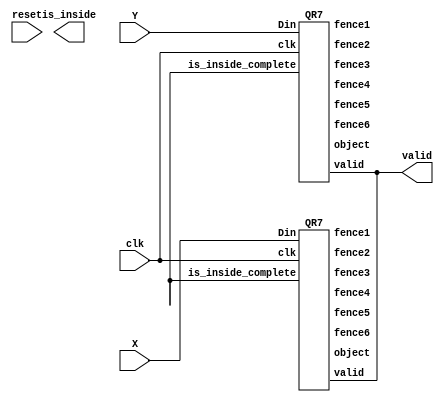
module geofence ( clk,reset,X,Y,valid,is_inside);
input clk;
input reset;
input [9:0] X;
input [9:0] Y;
output valid;
output is_inside;
wire [9:0] objectX, fence6X, fence5X, fence4X, fence3X, fence2X, fence1X, objectY, fence6Y, fence5Y, fence4Y, fence3Y, fence2Y, fence1Y;
wire is_inside_complete;
//reg valid;
//reg is_inside;
QR7 XCoord(X, clk, objectX, fence6X, fence5X, fence4X, fence3X, fence2X, fence1X, valid, is_inside_complete);
QR7 YCoord(Y, clk, objectY, fence6Y, fence5Y, fence4Y, fence3Y, fence2Y, fence1Y, valid, is_inside_complete);
endmodule

module QR7(Din, clk, object, fence6, fence5, fence4, fence3, fence2, fence1, valid, is_inside_complete);
input [9:0]Din;
input clk, is_inside_complete;
output [9:0]object, fence6, fence5, fence4, fence3, fence2, fence1;
output valid;
reg [2:0]count;
reg cs;
wire _clk, clkG, wen;

D_latch10 D10(Din, clk, wen, object);
D_latch10 D11(object, clk, wen, fence1);
D_latch10 D12(fence1, clk, wen, fence2);
D_latch10 D13(fence2, clk, wen, fence3);
D_latch10 D14(fence3, clk, wen, fence4);
D_latch10 D15(fence4, clk, wen, fence5);
D_latch10 D16(fence5, clk, wen, fence6);
//counter
assign clkG = (count == 3'd7) ? 1'b0 : 1'b1;
assign _clk = clk & (clkG | is_inside_complete); //is_inside_complete is negedge
always @(posedge _clk)
	count <= count + 3'd1;
//
always @(posedge clk)
	case(cs)
		1'b0: cs <= (count == 3'd6) ? 1'b1 : 1'b0;
		1'b1: cs <= (is_inside_complete) ? 1'b0 : 1'b1;
	endcase
assign valid = (cs == 1'b1) ? 1'b1 : 1'b0;
assign wen = (cs == 1'b1) ? 1'b0 : 1'b1;
endmodule

module D_latch10(D, clk, wen, Q);
input [9:0]D;
input clk, wen;
output [9:0]Q;
D_latch D0(D[0], clk, wen, Q[0]);
D_latch D1(D[1], clk, wen, Q[1]);
D_latch D2(D[2], clk, wen, Q[2]);
D_latch D3(D[3], clk, wen, Q[3]);
D_latch D4(D[4], clk, wen, Q[4]);
D_latch D5(D[5], clk, wen, Q[5]);
D_latch D6(D[6], clk, wen, Q[6]);
D_latch D7(D[7], clk, wen, Q[7]);
D_latch D8(D[8], clk, wen, Q[8]);
D_latch D9(D[9], clk, wen, Q[9]);
endmodule

module D_latch(D, clk, wen, Q);
input D, clk, wen;
output reg Q;
always @(posedge clk)
	Q <= (wen) ? D : Q;
endmodule